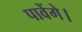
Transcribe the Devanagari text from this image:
पावेंगे।